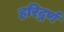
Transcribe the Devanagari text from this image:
हरिद्वर्ण